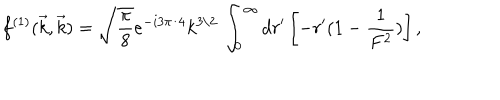
f ^ { ( 1 ) } ( \vec { k } , \vec { k } ) = \sqrt { \frac { \pi } { 8 } } e ^ { - i 3 \pi / 4 } k ^ { 3 / 2 } \, \int _ { 0 } ^ { \infty } d r ^ { \prime } \left[ - r ^ { \prime } ( 1 - \frac { 1 } { F ^ { 2 } } ) \right] ,